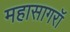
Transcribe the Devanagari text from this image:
महासागरॉ